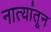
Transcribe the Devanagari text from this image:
नात्यांतून